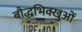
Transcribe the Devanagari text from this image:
बौद्धभिक्खुओं